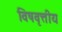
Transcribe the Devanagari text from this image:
विषवृत्तीय